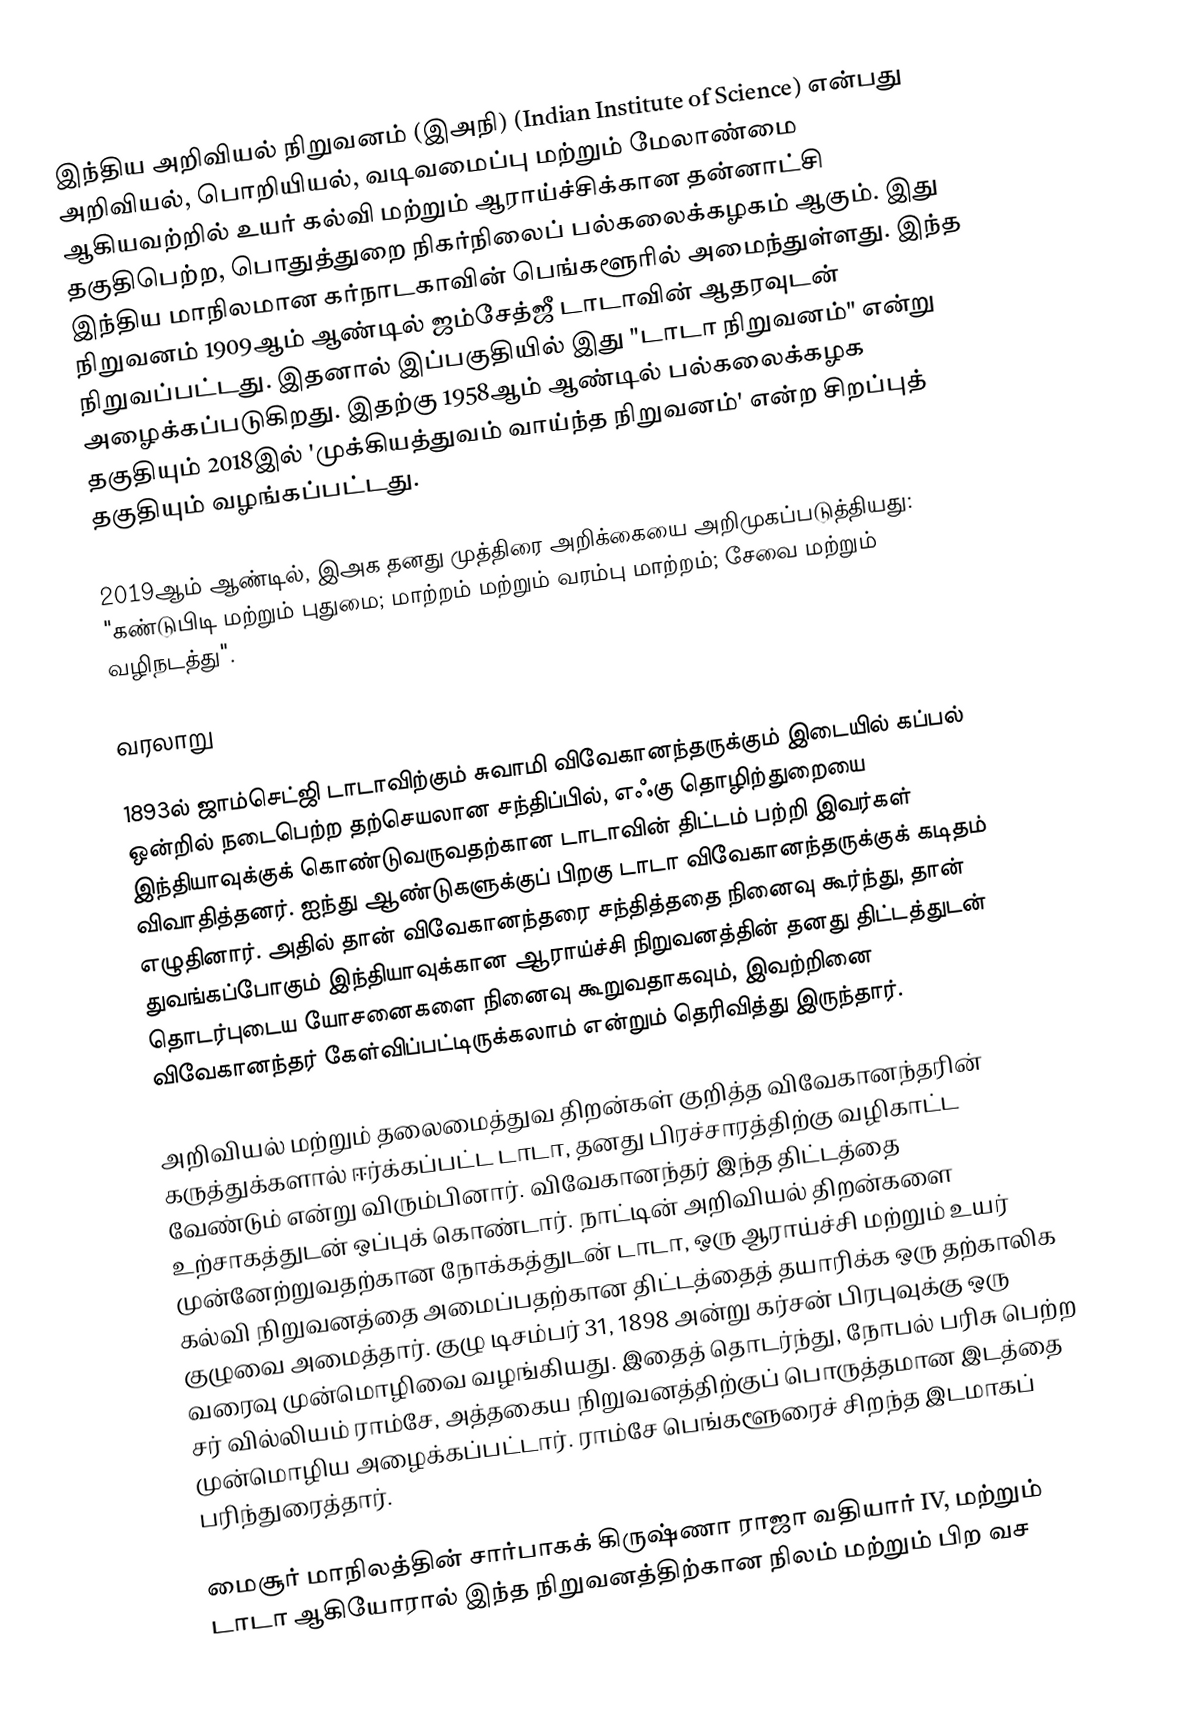
இந்திய அறிவியல் நிறுவனம் (இஅநி) (Indian Institute of Science) என்பது அறிவியல், பொறியியல், வடிவமைப்பு மற்றும் மேலாண்மை ஆகியவற்றில் உயர் கல்வி மற்றும் ஆராய்ச்சிக்கான தன்னாட்சி தகுதிபெற்ற, பொதுத்துறை நிகர்நிலைப் பல்கலைக்கழகம் ஆகும். இது இந்திய மாநிலமான கர்நாடகாவின் பெங்களூரில் அமைந்துள்ளது. இந்த நிறுவனம் 1909ஆம் ஆண்டில் ஜம்சேத்ஜீ டாடாவின் ஆதரவுடன் நிறுவப்பட்டது. இதனால் இப்பகுதியில் இது "டாடா நிறுவனம்" என்று அழைக்கப்படுகிறது. இதற்கு 1958ஆம் ஆண்டில் பல்கலைக்கழக தகுதியும் 2018இல் 'முக்கியத்துவம் வாய்ந்த நிறுவனம்' என்ற சிறப்புத் தகுதியும் வழங்கப்பட்டது.

2019ஆம் ஆண்டில், இஅக தனது முத்திரை அறிக்கையை அறிமுகப்படுத்தியது: "கண்டுபிடி மற்றும் புதுமை; மாற்றம் மற்றும் வரம்பு மாற்றம்; சேவை மற்றும் வழிநடத்து".

வரலாறு

1893ல் ஜாம்செட்ஜி டாடாவிற்கும் சுவாமி விவேகானந்தருக்கும் இடையில் கப்பல் ஒன்றில் நடைபெற்ற தற்செயலான சந்திப்பில், எஃகு தொழிற்துறையை இந்தியாவுக்குக் கொண்டுவருவதற்கான டாடாவின் திட்டம் பற்றி இவர்கள் விவாதித்தனர். ஐந்து ஆண்டுகளுக்குப் பிறகு டாடா விவேகானந்தருக்குக் கடிதம் எழுதினார். அதில் தான் விவேகானந்தரை சந்தித்ததை நினைவு கூர்ந்து, தான் துவங்கப்போகும் இந்தியாவுக்கான ஆராய்ச்சி நிறுவனத்தின் தனது திட்டத்துடன் தொடர்புடைய யோசனைகளை நினைவு கூறுவதாகவும், இவற்றினை விவேகானந்தர் கேள்விப்பட்டிருக்கலாம் என்றும் தெரிவித்து இருந்தார்.

அறிவியல் மற்றும் தலைமைத்துவ திறன்கள் குறித்த விவேகானந்தரின் கருத்துக்களால் ஈர்க்கப்பட்ட டாடா, தனது பிரச்சாரத்திற்கு வழிகாட்ட வேண்டும் என்று விரும்பினார். விவேகானந்தர் இந்த திட்டத்தை உற்சாகத்துடன் ஒப்புக் கொண்டார். நாட்டின் அறிவியல் திறன்களை முன்னேற்றுவதற்கான நோக்கத்துடன் டாடா, ஒரு ஆராய்ச்சி மற்றும் உயர் கல்வி நிறுவனத்தை அமைப்பதற்கான திட்டத்தைத் தயாரிக்க ஒரு தற்காலிக குழுவை அமைத்தார். குழு டிசம்பர் 31, 1898 அன்று கர்சன் பிரபுவுக்கு ஒரு வரைவு முன்மொழிவை வழங்கியது. இதைத் தொடர்ந்து, நோபல் பரிசு பெற்ற சர் வில்லியம் ராம்சே, அத்தகைய நிறுவனத்திற்குப் பொருத்தமான இடத்தை முன்மொழிய அழைக்கப்பட்டார். ராம்சே பெங்களூரைச் சிறந்த இடமாகப் பரிந்துரைத்தார்.

மைசூர் மாநிலத்தின் சார்பாகக் கிருஷ்ணா ராஜா வதியார் IV, மற்றும் டாடா ஆகியோரால் இந்த நிறுவனத்திற்கான நிலம் மற்றும் பிற வச